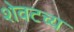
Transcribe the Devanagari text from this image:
शेवटच्य